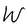
Character: W